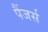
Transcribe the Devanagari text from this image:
पैंजर्स